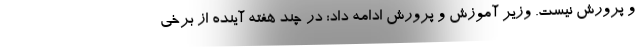
و پرورش نیست. وزیر آموزش و پرورش ادامه داد: در چند هفته آینده از برخی